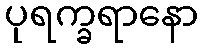
ပုရက္ခရာနော